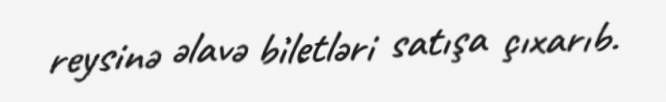
reysinə əlavə biletləri satışa çıxarıb.